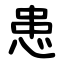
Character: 患